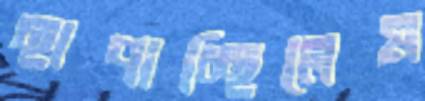
ছাপাচ্ছিলেম